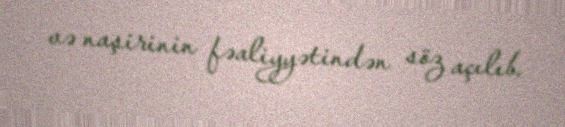
və naşirinin fəaliyyətindən söz açılıb.